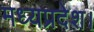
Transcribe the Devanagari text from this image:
मध्‍यप्रदेश।